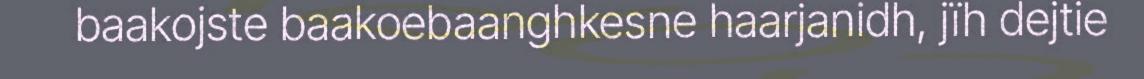
baakojste baakoebaanghkesne haarjanidh, jïh dejtie